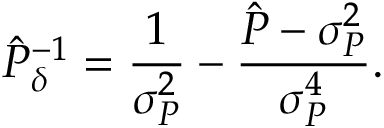
\hat { P } _ { \delta } ^ { - 1 } = \frac { 1 } { \sigma _ { P } ^ { 2 } } - \frac { \hat { P } - \sigma _ { P } ^ { 2 } } { \sigma _ { P } ^ { 4 } } .